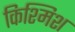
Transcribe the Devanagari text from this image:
किश्मिश